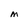
Character: M